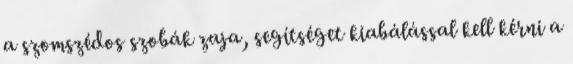
a szomszédos szobák zaja, segítséget kiabálással kell kérni a